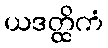
ယဒတ္ထိကံ